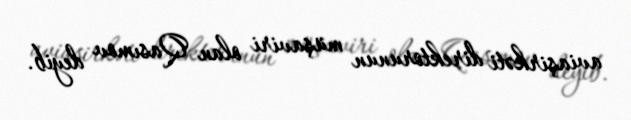
aviaşirkəti direktorunun müşaviri olan Qasımov deyib.